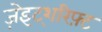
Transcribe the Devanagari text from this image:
ज़ेइट्शरिफ़्ट